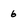
Character: 6